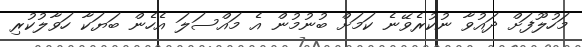
މަހުލޫފަށް ދައުވާ ނުކުރެވޭނެ ކަމަށް ބުނުމުން އެ މައްސަލަ އެހެން ބަޔަކާ ހަވާލުކުރި